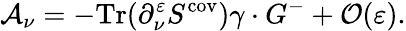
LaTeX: {\cal A}_{\nu}=-\mathrm{Tr}(\partial_{\nu}^{\varepsilon}S^{\mathrm{cov}})\gamma\cdot G^{-}+{\cal O}(\varepsilon).